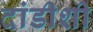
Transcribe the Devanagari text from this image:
दांडीशी